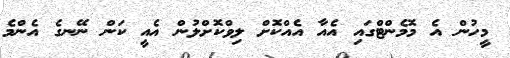
މީހުން އެ މޮމެންޓްގައި އެއާ އެއްކޮށް ލިވްކޮށްލުން އެއީ ކަން ނޭނގެ އެންމެ